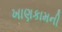
ખાણકામની